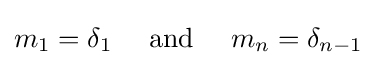
m_{1}=\delta _{1}\quad {\text{ and }}\quad m_{n}=\delta _{n-1}